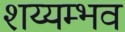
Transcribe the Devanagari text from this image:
शय्यम्भव